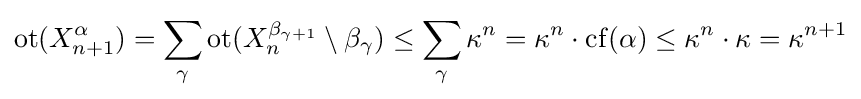
\mathrm {ot} (X_{n+1}^{\alpha })=\sum _{\gamma }\mathrm {ot} (X_{n}^{\beta _{\gamma +1}}\setminus \beta _{\gamma })\leq \sum _{\gamma }\kappa ^{n}=\kappa ^{n}\cdot \mathrm {cf} (\alpha )\leq \kappa ^{n}\cdot \kappa =\kappa ^{n+1}